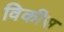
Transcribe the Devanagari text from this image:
विकीस